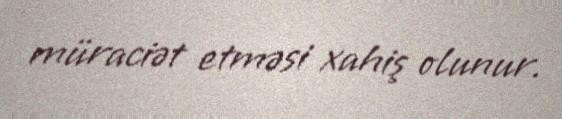
müraciət etməsi xahiş olunur.